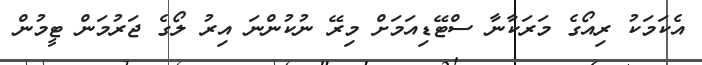
އެކަމަކު ރިއޯގެ މަރަކާނާ ސްޓޭޑިއަމަށް މިރޭ ނުކުންނަ އިރު ލޯގެ ޖަރުމަން ޓީމުން